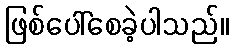
ဖြစ်ပေါ်စေခဲ့ပါသည်။